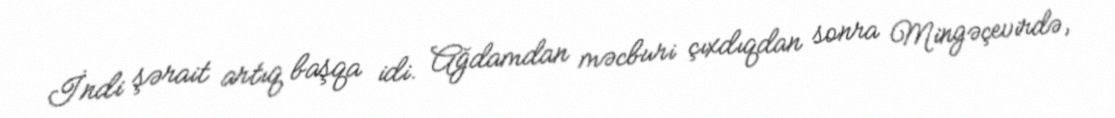
İndi şərait artıq başqa idi. Ağdamdan məcburi çıxdıqdan sonra Mingəçevirdə,